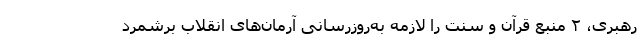
رهبری، ۲ منبع قرآن و سنت را لازمه به‌روزرسانی آرمان‌های انقلاب برشمرد